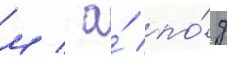
м / а́ по́д